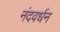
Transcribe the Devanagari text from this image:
नंदवर्धन